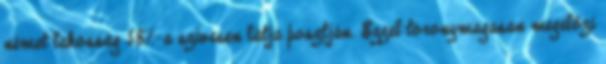
német lakosság 58%-a szívesen látja posztján. Ezzel toronymagasan megelőzi